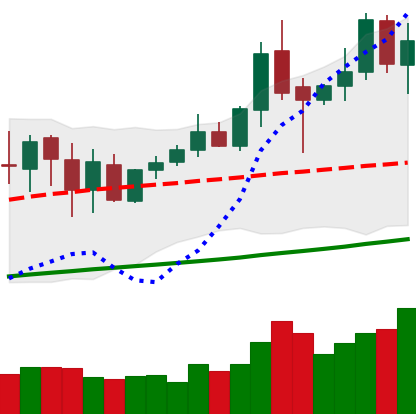
Ticker: XMR-USD
Chart end date: 2020-10-07
Forward return: 17.813%
Label: up_7plus